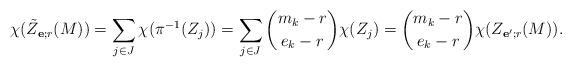
LaTeX: \begin{align*} \chi(\tilde Z_{\mathbf e; r}(M)) = \sum_{j\in J} \chi(\pi^{-1}(Z_j)) = \sum_{j\in J} \binom{m_k-r}{e_k-r} \chi(Z_j) = \binom{m_k-r}{e_k-r}\chi(Z_{\mathbf e'; r}(M)).\end{align*}